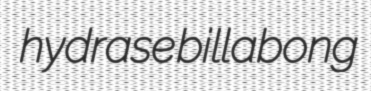
hydrase billabong